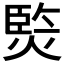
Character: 𭵧